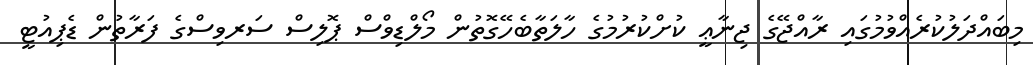
މިބައްދަލުކުރެއްވުމުގައި ރާއްޖޭގެ ޖިނާޢީ ކުށްކުރުމުގެ ހާލަތާބެހޭގޮތުން މޯލްޑިވްސް ޕޮލިސް ސަރވިސްގެ ފަރާތުން ޑެޕިއުޓީ